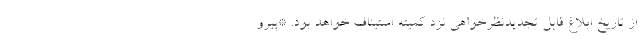
از تاریخ ابلاغ قابل تجدیدنظرخواهی نزد کمیته استیناف خواهد بود. *پیرو